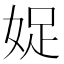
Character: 娖